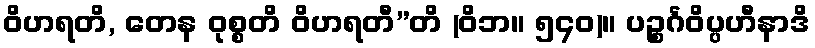
ဝိဟရတိ, တေန ဝုစ္စတိ ဝိဟရတီ”တိ (ဝိဘ။ ၅၄၀)။ ပဉ္စင်္ဂဝိပ္ပဟီနာဒိ